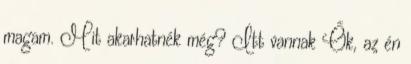
magam. Mit akarhatnék még? Itt vannak Ők, az én